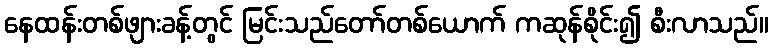
နေထန်းတစ်ဖျားခန့်တွင် မြင်းသည်တော်တစ်ယောက် ကဆုန်စိုင်း၍ စီးလာသည်။